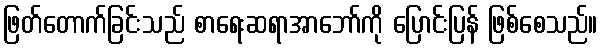
ဖြတ်တောက်ခြင်းသည် စာရေးဆရာအာဘော်ကို ပြောင်းပြန် ဖြစ်စေသည်။